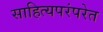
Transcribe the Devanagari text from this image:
साहित्यपरंपरेत